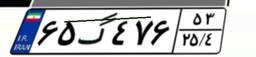
۶۵گ۴۷۶۵۳